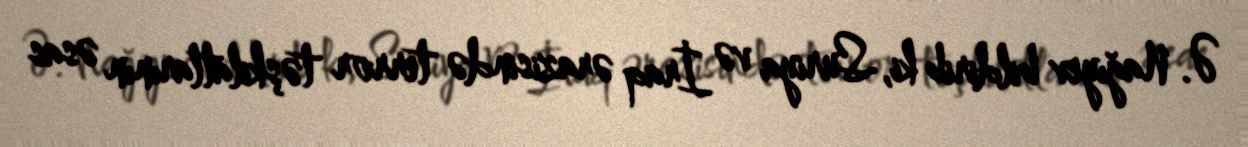
Ə. Nağıyev bildirib ki, Suriya və İraq ərazisində terror təşkilatlarının əsas